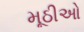
મૂઠીઓ